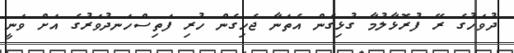
ދުވަހުގެ ރޭ ފުރޮޅާލުމާ ގުޅިގެން އެތަނާ ޖެހިގެން ހުރި ފަތިސްހަނދުވަރުގެ އަށް ވަނީ